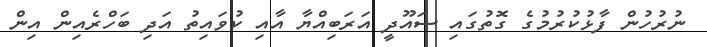
ނުރުހުން ފާޅުކުރުމުގެ ގޮތުގައި ސައޫދީ އަރަބިއްޔާ އާއި ކުވައިތު އަދި ބަހްރެއިން އިން